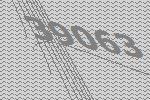
39063